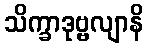
သိက္ခာဒုဗ္ဗလျာနိ